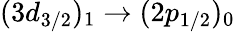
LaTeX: (3d_{3/2})_{1}\rightarrow(2p_{1/2})_{0}